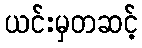
ယင်းမှတဆင့်